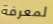
لمعرفة